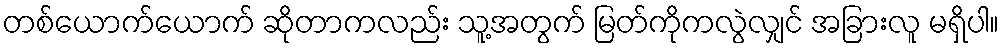
တစ်ယောက်ယောက် ဆိုတာကလည်း သူ့အတွက် မြတ်ကိုကလွဲလျှင် အခြားလူ မရှိပါ။